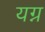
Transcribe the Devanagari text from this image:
यग्न